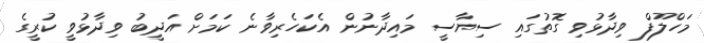
މަހްލޫފް ވިދާޅުވި ގޮތުގައި ސިޔާސީ މައިދާނުން އެކަހެރިވާނެ ކަމަށް އަދީބު ވިދާޅުވީ ކުރީގެ